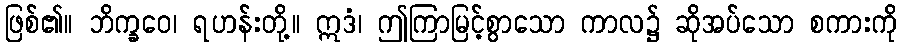
ဖြစ်၏။ ဘိက္ခဝေ၊ ရဟန်းတို့။ ဣဒံ၊ ဤကြာမြင့်စွာသော ကာလ၌ ဆိုအပ်သော စကားကို